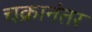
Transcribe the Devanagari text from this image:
चक्रानंतर